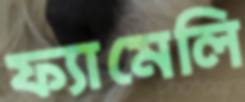
ফ্যামেলি